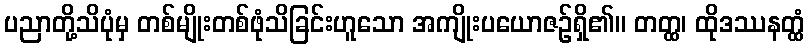
ပညာတို့သိပုံမှ တစ်မျိုးတစ်ဖုံသိခြင်းဟူသော အကျိုးပယောဇဉ်ရှိ၏။ တတ္ထ၊ ထိုဒဿနတ္ထံ